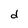
Character: d